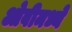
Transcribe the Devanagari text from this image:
ओवीमध्ये